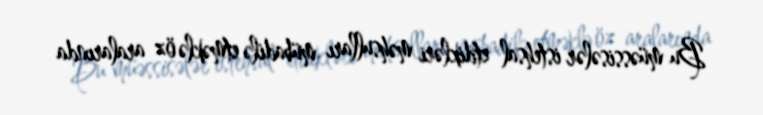
Bu müəssisələr istehsal etdikləri məhsulları mübadilə etməklə öz aralarında